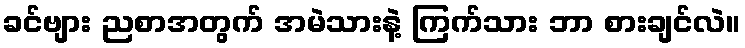
ခင်ဗျား ညစာအတွက် အမဲသားနဲ့ ကြက်သား ဘာ စားချင်လဲ။